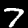
Digit: 7